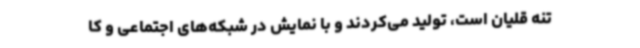
تنه قلیان است، تولید می‌کردند و با نمایش در شبکه‌های اجتماعی و کا